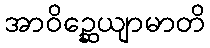
အာဝိဉ္ဆေယျာမာတိ